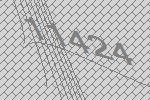
11424